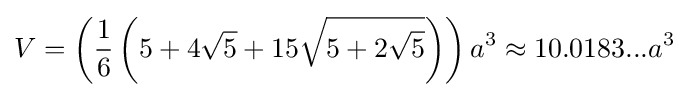
V=\left({\frac {1}{6}}\left(5+4{\sqrt {5}}+15{\sqrt {5+2{\sqrt {5}}}}\right)\right)a^{3}\approx 10.0183...a^{3}